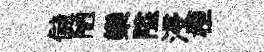
儲陋欒隘浸桓